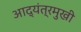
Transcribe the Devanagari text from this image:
आद्यंत्रमुखी